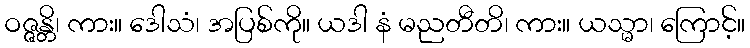
ဝဇ္ဇန္တိ၊ ကား။ ဒေါသံ၊ အပြစ်ကို။ ယဒါ နံ မညတီတိ၊ ကား။ ယသ္မာ၊ ကြောင့်။